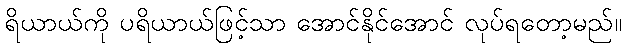
ရိယာယ်ကို ပရိယာယ်ဖြင့်သာ အောင်နိုင်အောင် လုပ်ရတော့မည်။